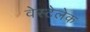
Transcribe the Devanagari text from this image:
वेस्टेलेक